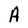
Character: A